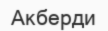
Акберди